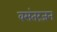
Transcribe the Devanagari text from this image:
वसंतरंजन